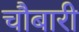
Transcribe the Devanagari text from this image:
चौबारी